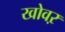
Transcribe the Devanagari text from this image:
खोवऱ